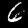
Label: 6